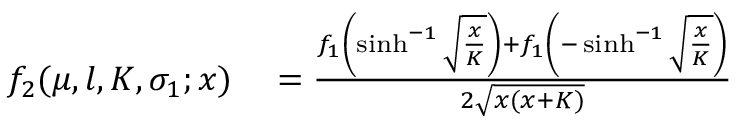
\begin{array} { r l } { f _ { 2 } ( \mu , l , K , \sigma _ { 1 } ; x ) } & { { } = \frac { f _ { 1 } \left( \sinh ^ { - 1 } \sqrt { \frac x K } \right) + f _ { 1 } \left( - \sinh ^ { - 1 } \sqrt { \frac x K } \right) } { 2 \sqrt { x ( x + K ) } } } \end{array}